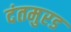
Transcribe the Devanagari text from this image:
दंतमुरड